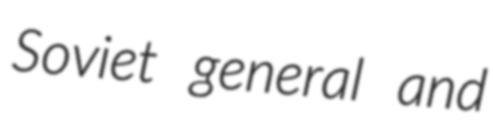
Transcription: Soviet general and